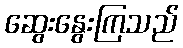
ဆွေးနွေးကြသည်